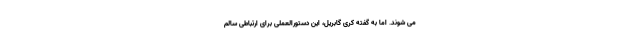
می شوند. اما به گفته کری گابریل، این دستورالعملی برای ارتباطی سالم